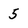
Character: 5